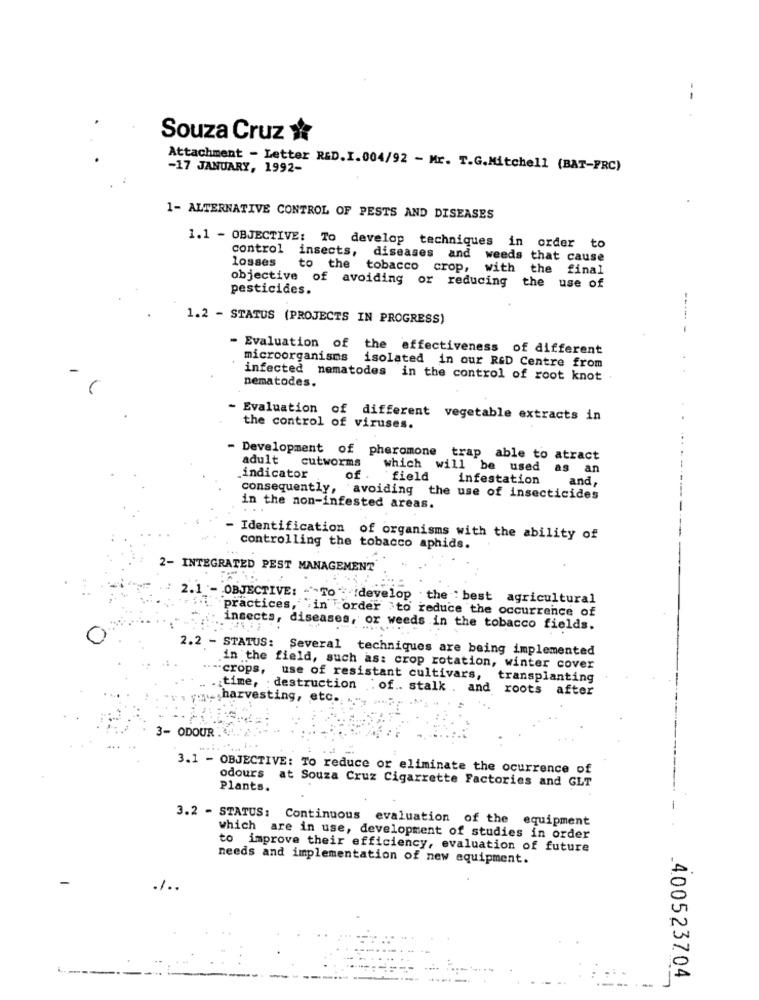
Souza Cruz x
Attachment - Letter RED.I.004/92 - Mr. T.G.Mitchell (BAT-FRC)
-17 JANUARY, 1992-
1- ALTERNATIVE CONTROL OF PESTS AND DISEASES
1.1 - OBJECTIVE: To develop techniques in order to
control insects,
diseases and
weeds that cause
losses to the tobacco crop, with
the final
objective of avoiding or reducing
pesticides.
the use of
1.2 - STATUS (PROJECTS IN PROGRESS)
- Evaluation of the effectiveness of different
microorganisms
isolated in our R&D Centre from
infected nematodes in the control of root knot
nematodes.
- Evaluation of different vegetable extracts in
the control of viruses.
- Development of pheromone trap able to atract
adult cutworms
which will be used as an
indicator
of
field
infestation
and
consequently, avoiding the use of insecticides
in the non-infested areas.
. ..
Identification of organisms with the ability of
controlling the tobacco aphids.
2- INTEGRATED PEST MANAGEMENT
2.1 - OBJECTIVE: "To develop . the " best agricultural
practices, in order to reduce the occurrence of
insects, diseases, or weeds in the tobacco fields.
2.2 - STATUS: Several techniques are being implemented
in the field, such as: crop rotation, winter cover
-crops, use of resistant cultivars, transplanting
. time, destruction .of .. stalk . and roots after
harvesting, etc.
3- ODOUR .
3.1 - OBJECTIVE: To reduce or eliminate the ocurrence of
odours at Souza Cruz Cigarrette Factories and GLT
Plants.
3.2 - STATUS: Continuous evaluation of the equipment
which are in use, development of studies in order
to improve their efficiency, evaluation of future
needs and implementation of new equipment.
.1 ..
4.00523704